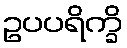
ဥပပရိက္ခိ